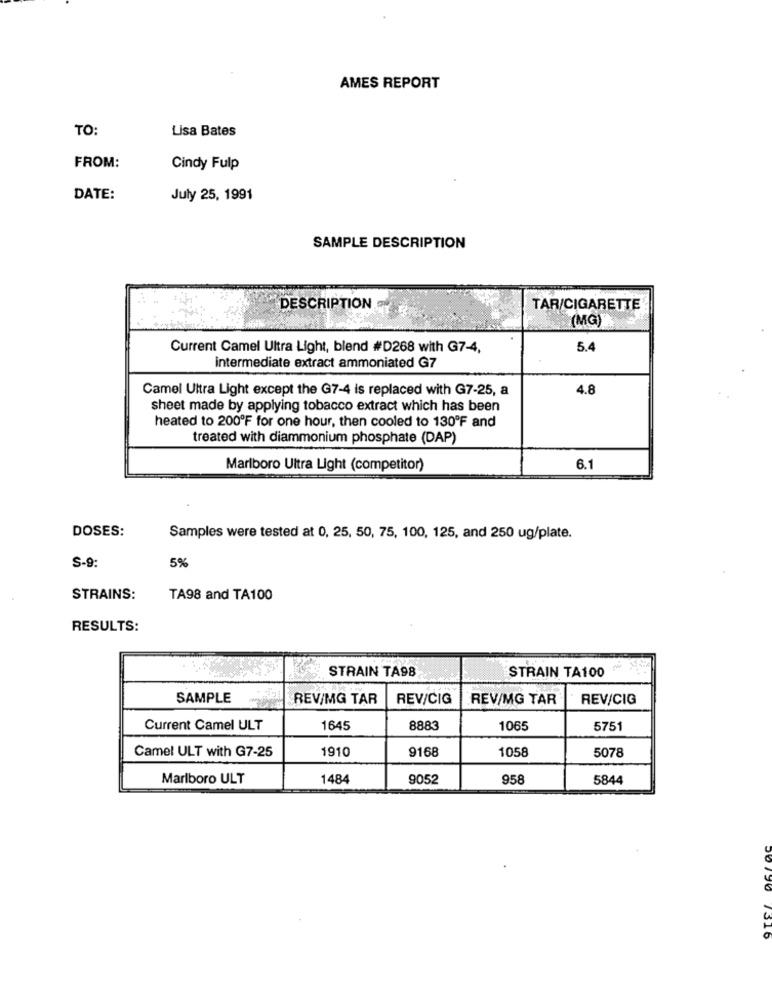
AMES REPORT
TO:
Lisa Bates
FROM:
Cindy Fulp
DATE:
July 25, 1991
SAMPLE DESCRIPTION
DESCRIPTION
TAR/CIGARETTE
(MG)
Current Camel Ultra Light, blend #D268 with G7-4,
5.4
intermediate extract ammoniated G7
Camel Ultra Light except the G7-4 is replaced with G7-25, a
4.8
sheet made by applying tobacco extract which has been
heated to 200ºF for one hour, then cooled to 130'F and
treated with diammonium phosphate (DAP)
Marlboro Ultra Light (competitor)
6.1
DOSES:
Samples were tested at 0, 25, 50, 75, 100, 125, and 250 ug/plate.
S-9:
5%
STRAINS:
TA98 and TA100
RESULTS:
STRAIN TA98
STRAIN TA100
SAMPLE
REV/MG TAR
REV/CIG
REV/MG TAR
REV/CIG
Current Camel ULT
1645
8883
1065
5751
1910
9168
1058
5078
Camel ULT with G7-25
Marlboro ULT
1484
9052
958
5844
7316